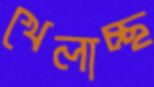
খেলাচ্ছ